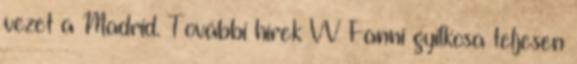
vezet a Madrid. További hírek VV Fanni gyilkosa teljesen